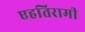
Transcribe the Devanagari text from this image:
एहतिरामी